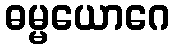
ဓမ္မယောဂေ